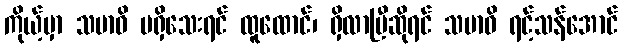
ကိုယ့်မှာ သမာဓိ မရှိသေးရင် ထူထောင်၊ ရှိလာပြီဆိုရင် သမာဓိ ရင့်သန်အောင်